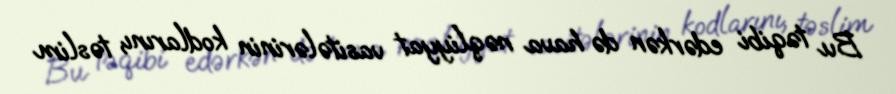
Bu təqibi edərkən də hava nəqliyyat vasitələrinin kodlarını, təslim